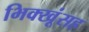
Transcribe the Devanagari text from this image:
भिक्खूंसह